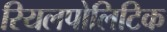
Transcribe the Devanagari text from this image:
रियलपोलिटिक